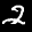
Label: 2